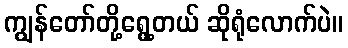
ကျွန်တော်တို့ရွေ့တယ် ဆိုရုံလောက်ပဲ။